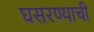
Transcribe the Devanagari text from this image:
घसरण्याची